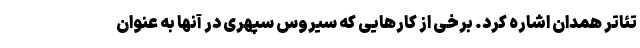
تئاتر همدان اشاره کرد. برخی از کارهایی که سیروس سپهری در آنها به عنوان